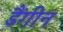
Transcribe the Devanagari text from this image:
डैंगीन